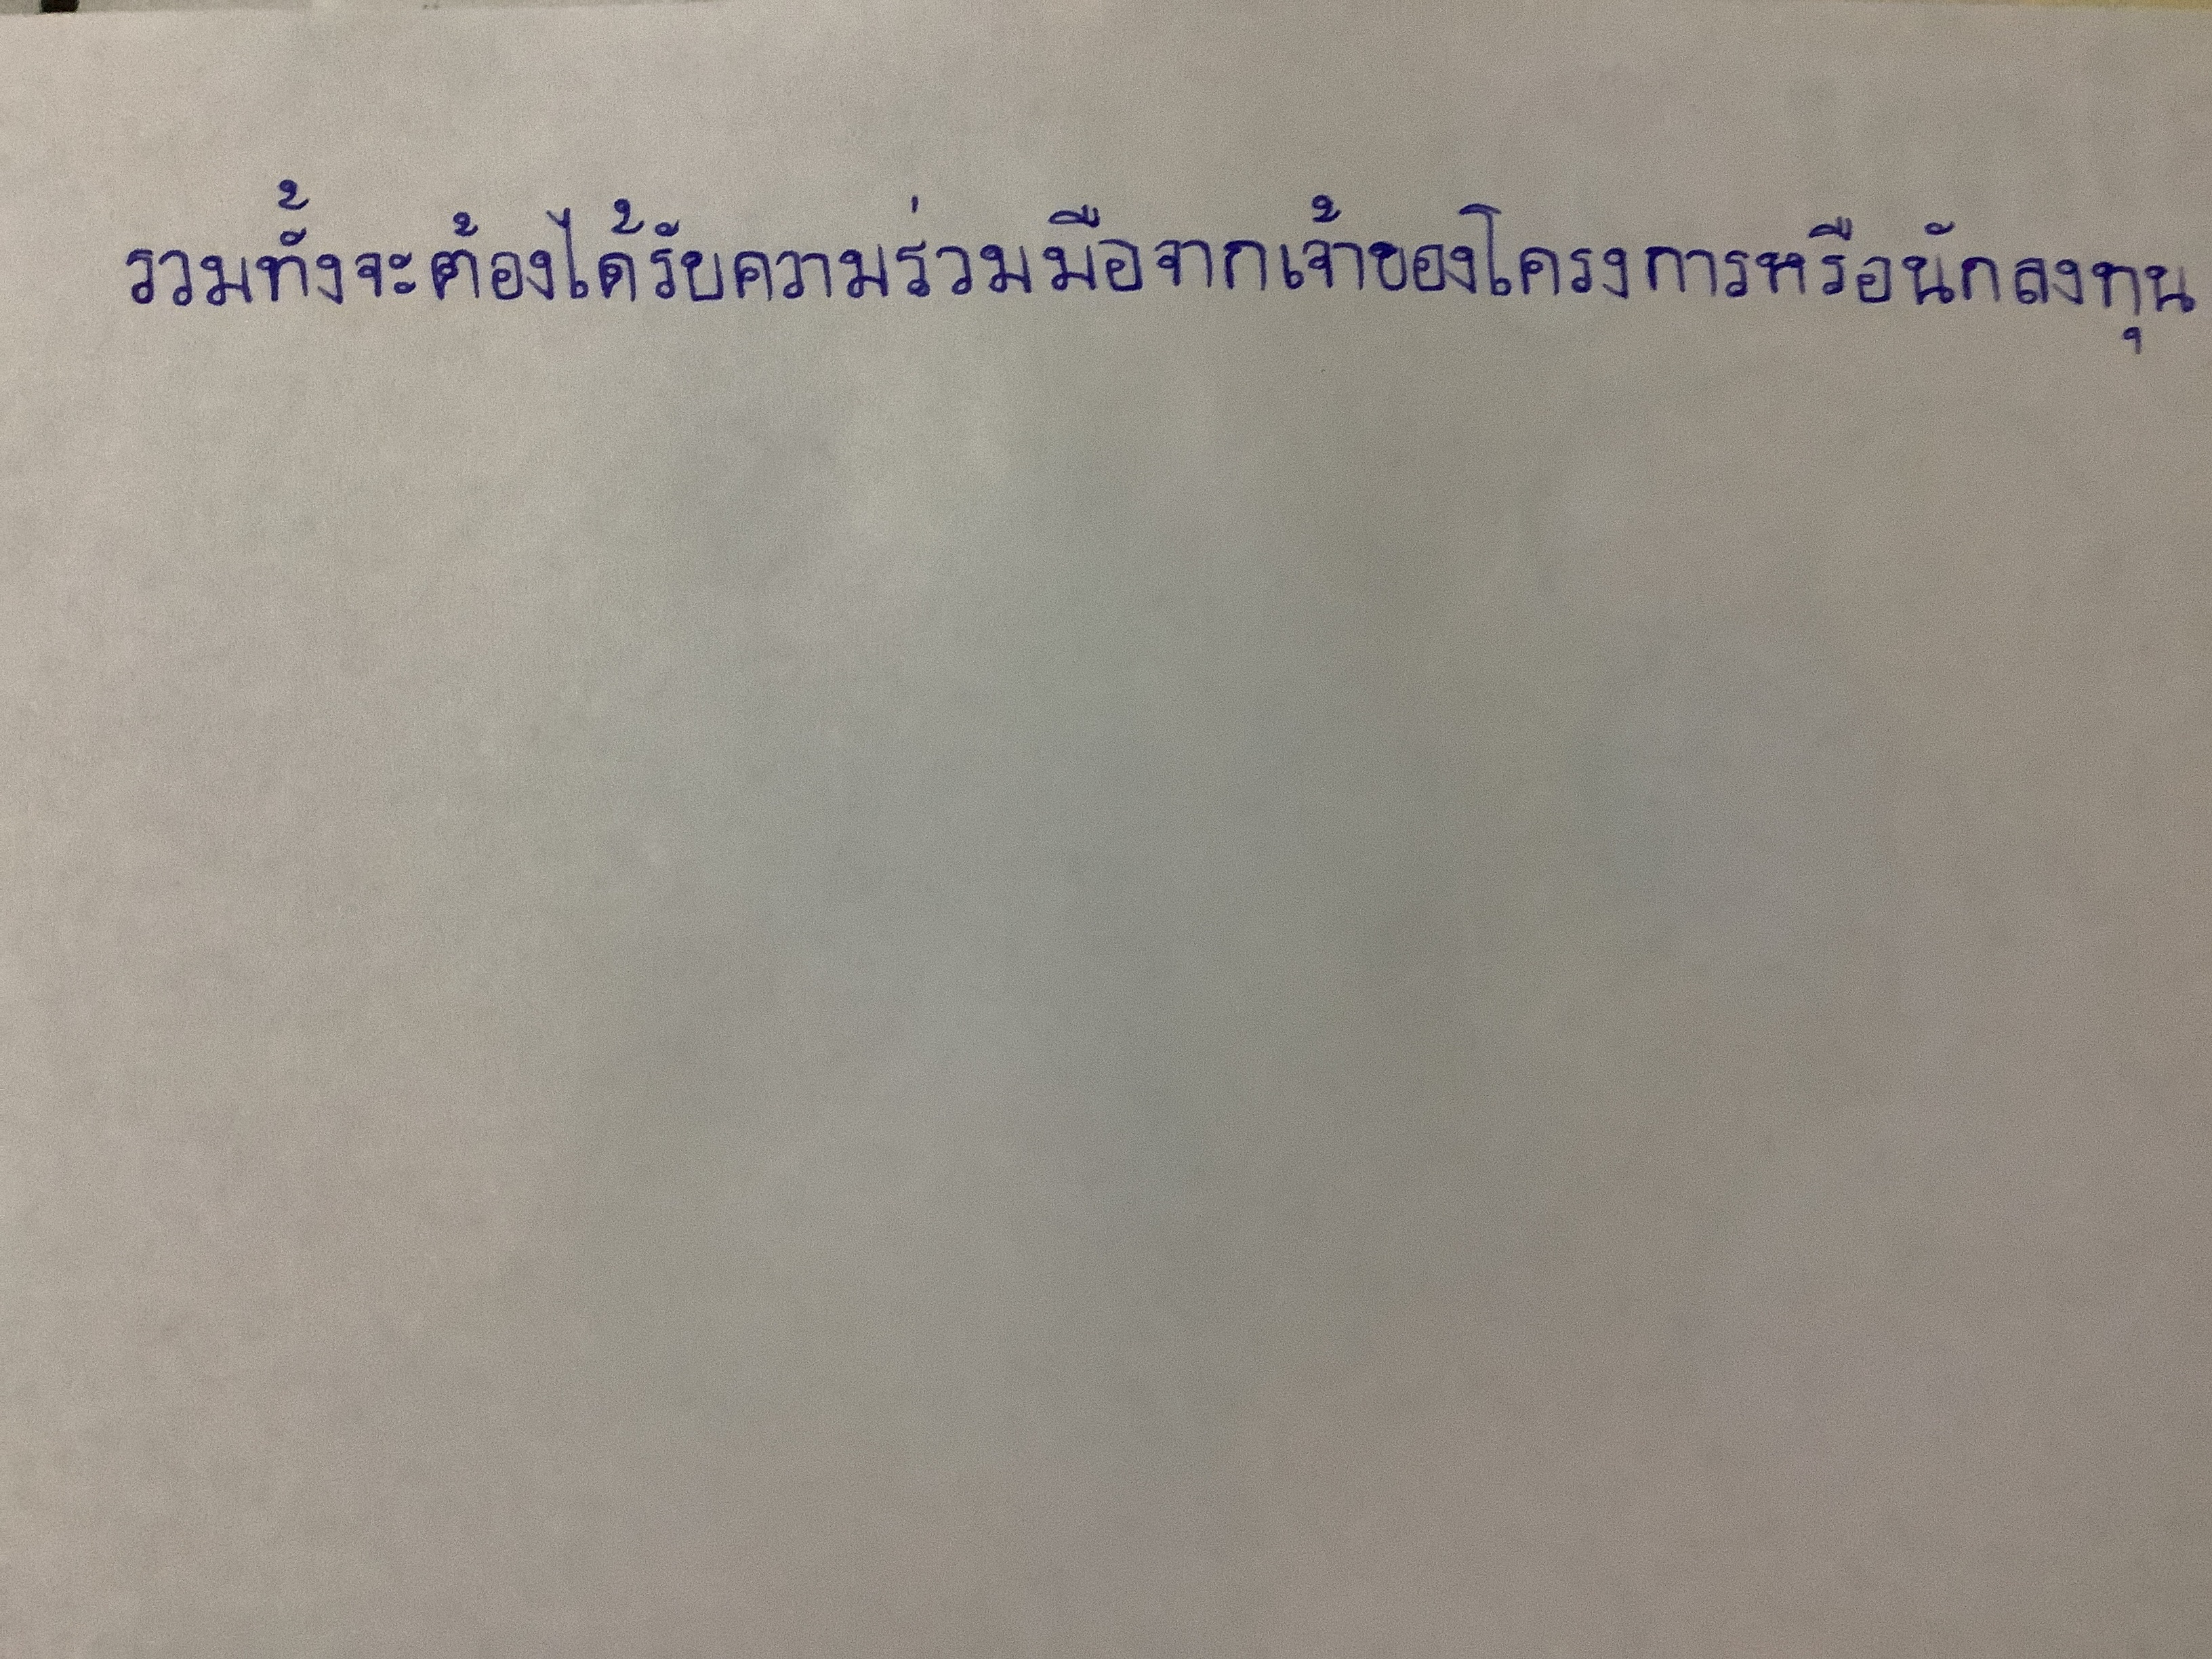
รวมทั้งจะต้องได้รับความร่วมมือจากเจ้าของโครงการหรือนักลงทุน